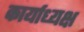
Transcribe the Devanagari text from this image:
कार्याध्‍यक्ष